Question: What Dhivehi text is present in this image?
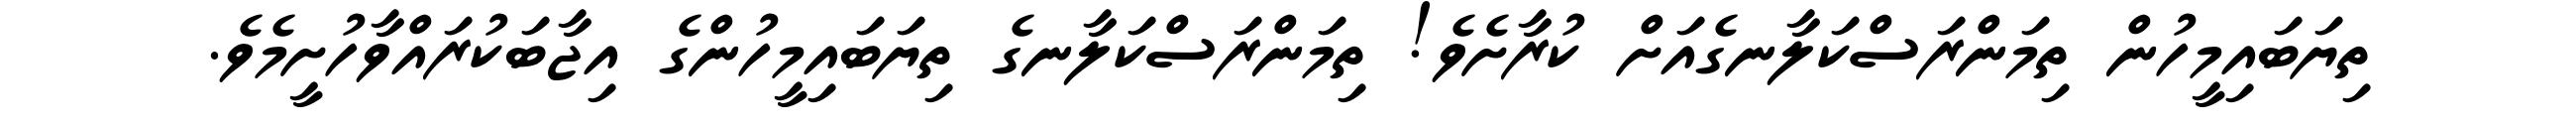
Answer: ތިޔަބައިމީހުން ތިމަންރަސްކަލާނގެއަށް ކުރާށެވެ! ތިމަންރަސްކަލާނގެ ތިޔަބައިމީހުންގެ އިޖާބަކުރައްވާހުށީމެވެ.